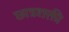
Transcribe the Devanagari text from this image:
छात्रशक्ती